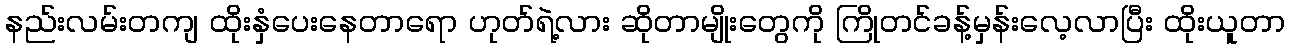
နည်းလမ်းတကျ ထိုးနှံပေးနေတာရော ဟုတ်ရဲ့လား ဆိုတာမျိုးတွေကို ကြိုတင်ခန့်မှန်းလေ့လာပြီး ထိုးယူတာ